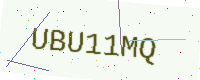
Text: UBU11MQ